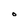
Character: O